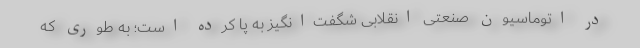
در اتوماسیون صنعتی انقلابی شگفت‌­انگیز به پا کرده است؛ به طوری که